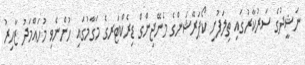
ނަޝީދުގެ ސަރުކާރުގައި ތިލަފުށި ކޯޕަރޭޝަންގެ މެނޭޖިންގް ޑިރެކްޓަރގެ މަގާމުގައި ހުންނެވި މުހައްމަދު ޒާހިރު